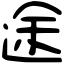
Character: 途